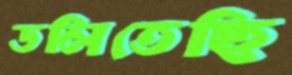
ডলিতেছি